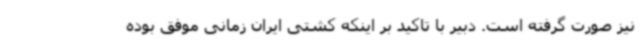
نیز صورت گرفته است. دبیر با تاکید بر اینکه کشتی ایران زمانی موفق بوده